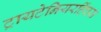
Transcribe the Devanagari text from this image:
ट्रायटेनियरहिंचस